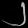
Digit: ၂